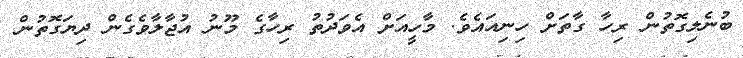
ބުނެލިގޮތުން ރިހާ ގާތަށް ހިނިއައެވެ. މާހީއަށް އެވަދުތު ރިހާގެ މޫނު އުޖާލާވެގެން ދިޔަގޮތުން